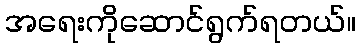
အရေးကိုဆောင်ရွက်ရတယ်။